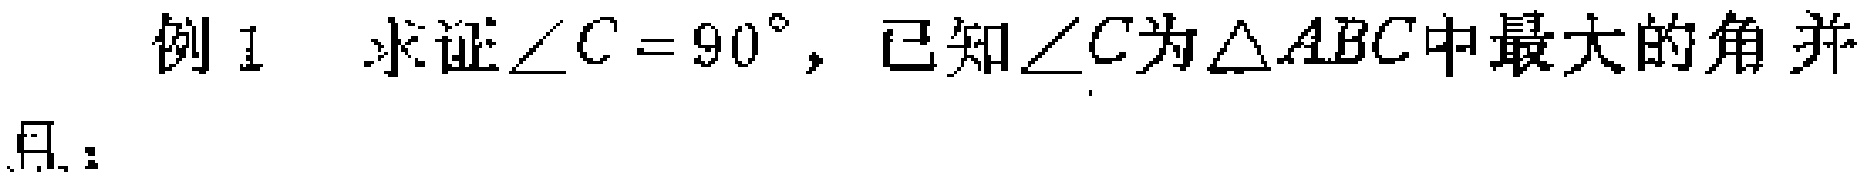
例1 求证$\angle C = 90^{\circ}$，已知$\angle C$为$\triangle ABC$中最大的角并 且：